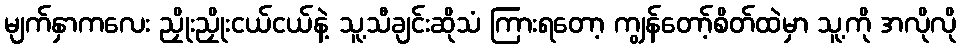
မျက်နှာကလေး ညှိုးညှိုးငယ်ငယ်နဲ့ သူ့သီချင်းဆိုသံ ကြားရတော့ ကျွန်တော့်စိတ်ထဲမှာ သူ့ကို အလိုလို